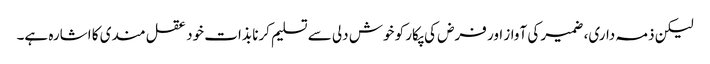
لیکن ذمہ داری، ضمیر کی آواز اور فرض کی پکار کو خوش دلی سے تسلیم کرنا بذات خود عقل مندی کا اشارہ ہے۔